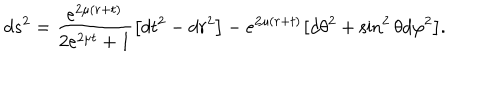
d s ^ { 2 } = \frac { e ^ { 2 \mu ( r + t ) } } { 2 e ^ { 2 \mu t } + 1 } \bigl [ d t ^ { 2 } - d r ^ { 2 } \bigr ] - e ^ { 2 \mu ( r + t ) } \bigl [ d \theta ^ { 2 } + \sin ^ { 2 } { \theta } d \varphi ^ { 2 } \bigr ] .